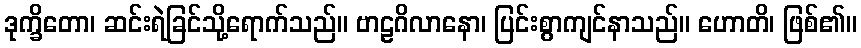
ဒုက္ခိတော၊ ဆင်းရဲခြင်သို့ရောက်သည်။ ဗာဠဂိလာနော၊ ပြင်းစွာကျင်နာသည်။ ဟောတိ၊ ဖြစ်၏။